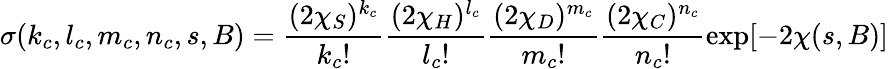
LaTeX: \sigma(k_{c},l_{c},m_{c},n_{c},s,B)=\frac{(2\chi_{S})^{k_{c}}}{k_{c}!}\frac{(2\chi_{H})^{l_{c}}}{l_{c}!}\frac{(2\chi_{D})^{m_{c}}}{m_{c}!}\frac{(2\chi_{C})^{n_{c}}}{n_{c}!}\exp[-2\chi(s,B)]